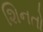
શિનતો